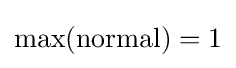
\max({\mbox{normal}})=1